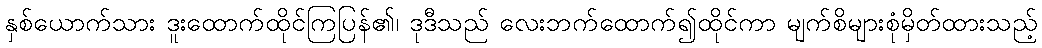
နှစ်ယောက်သား ဒူးထောက်ထိုင်ကြပြန်၏၊ ဒုဒီသည် လေးဘက်ထောက်၍ထိုင်ကာ မျက်စိများစုံမှိတ်ထားသည့်